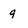
Character: g